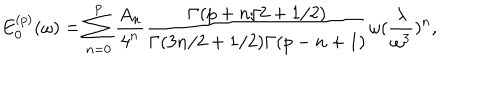
E _ { 0 } ^ { ( p ) } ( \omega ) = \sum _ { n = 0 } ^ { p } { \frac { A _ { n } } { 4 ^ { n } } } { \frac { \Gamma ( p + n / 2 + 1 / 2 ) } { \Gamma ( 3 n / 2 + 1 / 2 ) \Gamma ( p - n + 1 ) } } \omega ( { \frac { \lambda } { \omega ^ { 3 } } } ) ^ { n } ,